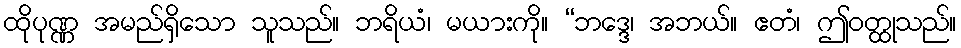
ထိုပုဏ္ဏ အမည်ရှိသော သူသည်။ ဘရိယံ၊ မယားကို။ “ဘဒ္ဒေ၊ အဘယ်။ ဧတံ၊ ဤဝတ္ထုသည်။